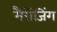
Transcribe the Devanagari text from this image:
मैसेंजिंग